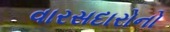
વારસદારોનો